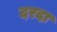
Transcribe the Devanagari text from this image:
दरदा